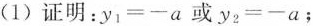
(1)证明：$$y_{1}=-a$$或$$y_{2}=-a$$；